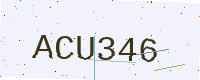
Text: ACU346